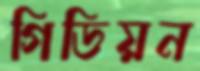
গিডিয়ন